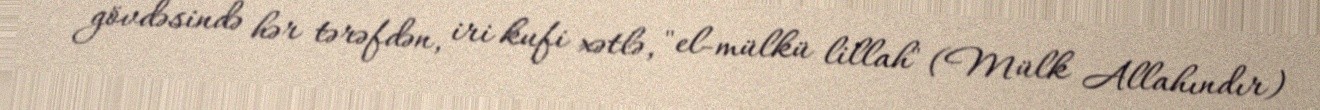
gövdəsində hər tərəfdən, iri kufi xətlə, "el-mülkü lillah" (Mülk Allahındır)